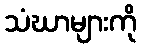
သံဃာများကို